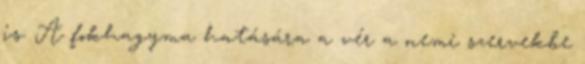
is. A fokhagyma hatására a vér a nemi szervekbe